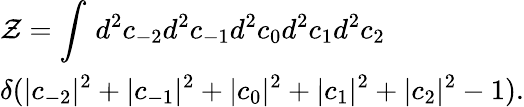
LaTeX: \begin{array}{l}{\displaystyle{\cal Z}=\int\, d^{2}c_{-2}d^{2}c_{-1}d^{2}c_{0}d^{2}c_{1}d^{2}c_{2}\, }\\ {\displaystyle\delta(|c_{-2}|^{2}+|c_{-1}|^{2}+|c_{0}|^{2}+|c_{1}|^{2}+|c_{2}|^{2}-1).}\end{array}